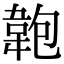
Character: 𩎘